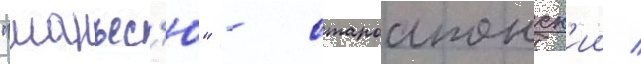
"манъес'ю" - староапонск'ии /